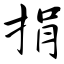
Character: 捐